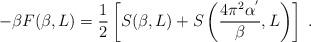
LaTeX: \begin{align*}-\beta F(\beta,L)= \frac{1}{2}\left[S(\beta,L)+ S\left(\frac{4\pi^{2}\alpha^{'}}{\beta},L \right)\right]\;.\end{align*}